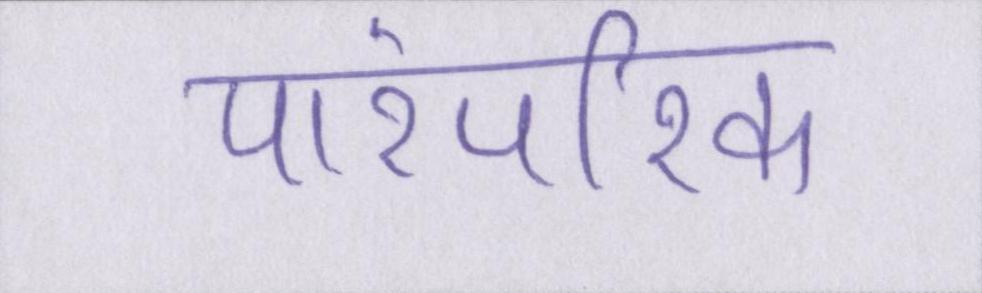
पारंपरिक